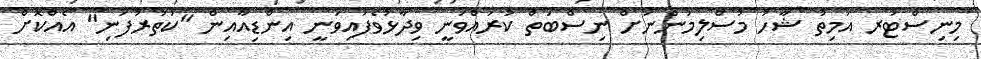
މިނިސްޓަރ އަމިތު ޝާހު މުސްލިމުންނަށް ނިސްބަތް ކުރައްވަނީ ވިދާޅުވެފައިވަނީ އިންޑިއާއިން "ކަތުރުފަނި" އެއްކޮށް